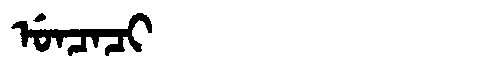
Manchu: ᡠᠨᠴᠠᠴᡳ
Romanization: UNCACI